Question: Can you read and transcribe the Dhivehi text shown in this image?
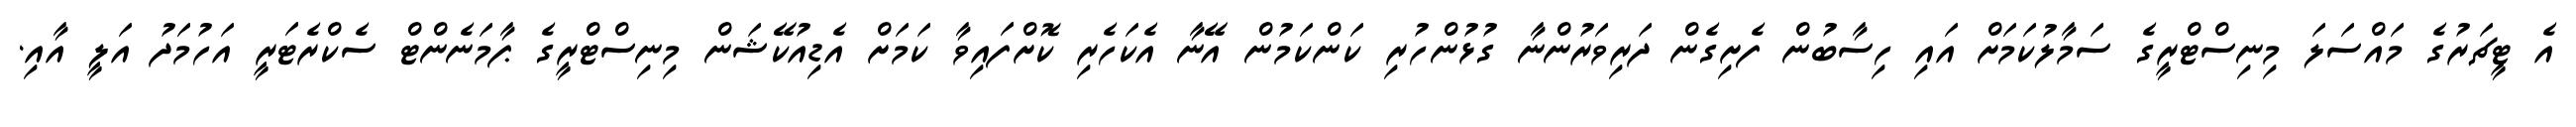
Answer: އެ ޓީޗަރުގެ މައްސަލަ މިނިސްޓްރީގެ ސަމާލުކަމަށް އައި ހިސާބުން ފެށިގެން ދަރިވަރުންނާ ގުޅުންހުރި ކަންކަމުން އޭނާ އެކަހެރި ކޮށްފައިވާ ކަމަށް އެޑިއުކޭޝަން މިނިސްޓްރީގެ ޕާމަނެންޓް ސެކްރެޓަރީ އަހުމަދު އަލީ އާއި.